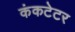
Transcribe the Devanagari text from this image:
कंकटेटर